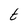
Character: t